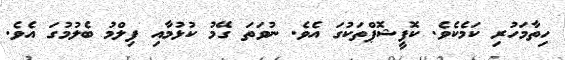
ހިތާމަހުރި ކަމެކެވެ. ކޮފީޝޮޕްތަކުގަ އެވެ. ނުވަތަ ގޭމު ކުޅުމާއި ފިލްމު ބެލުމުގަ އެވެ.